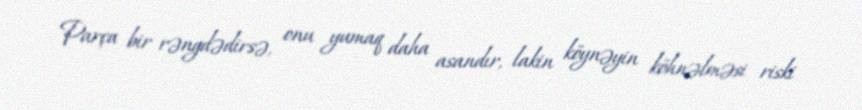
Parça bir rəngdədirsə, onu yumaq daha asandır, lakin köynəyin köhnəlməsi riski